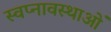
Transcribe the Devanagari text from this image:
स्वप्नावस्थाओं